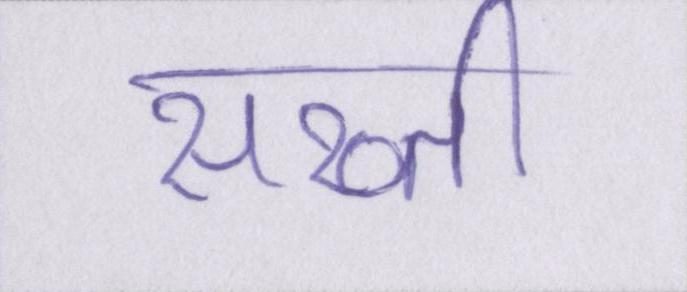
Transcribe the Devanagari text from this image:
सख्ती